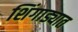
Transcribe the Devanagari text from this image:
शिंगाड्यात